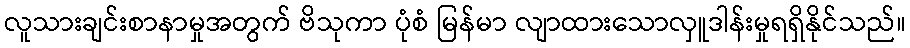
လူသားချင်းစာနာမှုအတွက် ဗိသုကာ ပုံစံ မြန်မာ လျာထားသောလှူဒါန်းမှုရရှိနိုင်သည်။